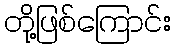
တို့ဖြစ်ကြောင်း